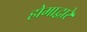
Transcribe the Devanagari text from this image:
होमाद्वारे